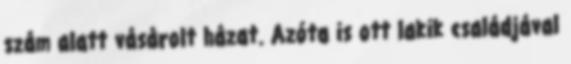
szám alatt vásárolt házat. Azóta is ott lakik családjával